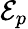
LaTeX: \mathcal{E}_{p}